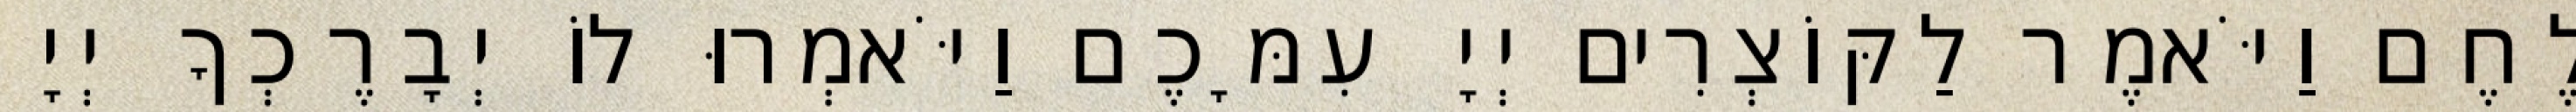
לֶחֶם וַיֹּאמֶר לַקּוֹצְרִים יְיָ עִמָּכֶם וַיֹּאמְרוּ לוֹ יְבָרֶכְךָ יְיָ